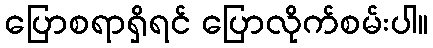
ပြောစရာရှိရင် ပြောလိုက်စမ်းပါ။